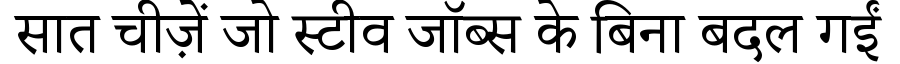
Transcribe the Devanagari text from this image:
सात चीज़ें जो स्टीव जॉब्स के बिना बदल गईं